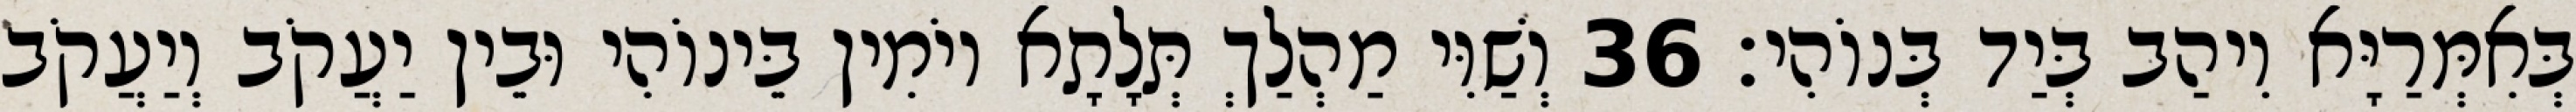
בְּאִמְּרַיָּא וִיהַב בְּיַד בְּנוֹהִי׃ 36 וְשַׁוִּי מַהְלַךְ תְּלָתָא יוֹמִין בֵּינוֹהִי וּבֵין יַעֲקֹב וְיַעֲקֹב